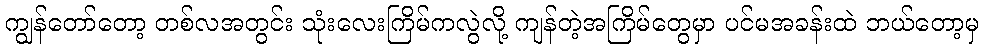
ကျွန်တော်တော့ တစ်လအတွင်း သုံးလေးကြိမ်ကလွဲလို့ ကျန်တဲ့အကြိမ်တွေမှာ ပင်မအခန်းထဲ ဘယ်တော့မှ